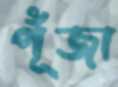
পূঁজা